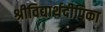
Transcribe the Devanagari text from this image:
श्रीविद्यार्थदीपिका